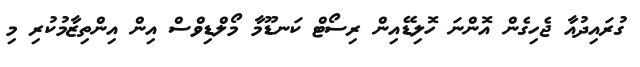
ގުރައިދުއާ ޖެހިގެން އޮންނަ ހޮލިޑޭއިން ރިސޯޓް ކަނޑޫމާ މޯލްޑިވްސް އިން އިންތިޒާމުކުރި މި